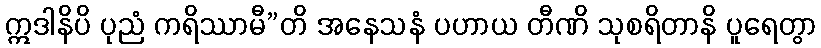
ဣဒါနိပိ ပုညံ ကရိဿာမီ”တိ အနေသနံ ပဟာယ တီဏိ သုစရိတာနိ ပူရေတွာ